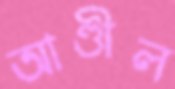
আণ্ডীল